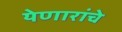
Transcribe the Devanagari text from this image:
येणारांचे